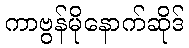
ကာဗွန်မိုနောက်ဆိုဒ်